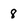
Character: 8